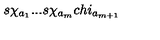
s \chi _ { a _ { 1 } } . . . s \chi _ { a _ { m } } c h i _ { a _ { m + 1 } }